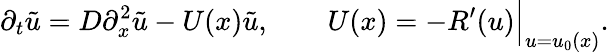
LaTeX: \partial_{t}{\tilde{u}}=D\partial_{x}^{2}{\tilde{u}}-U(x){\tilde{u}},\qquad U(x)=-R^{\prime}(u){\Big|}_{u=u_{0}(x)}.